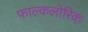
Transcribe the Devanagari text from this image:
फाल्कलोरिक